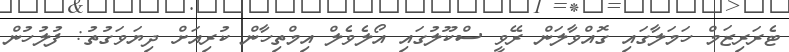
ޓެރަރިޒަމް ހަމަލާގައި ގޮއްވާލަން ރޭވީ ސްކޫލުގައި އޯލެވެލް އިމްތިހާން ކުރިއަށް ދިޔަވަގުތު: ފުލުހުން